Plague in India, 1896, 1897 - Volume 1
Year: 1896
Disease focus: Plague
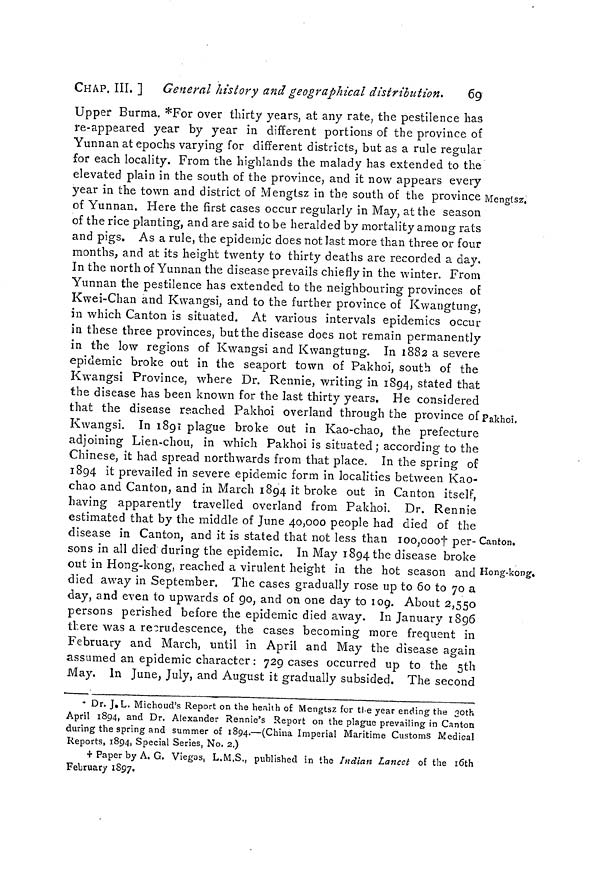
CHAP, III. ] General history and geographical distribution.
69
Mengtsz.
Pakhoi,
Canton.
Hong-kong.
Upper Burma. *For over thirty years, at any rate, the pestilence has
re-appeared year by year in different portions of the province of
Yunnan at epochs varying for different districts, but as a rule regular
for each locality. From the highlands the malady has extended to the
elevated plain in the south of the province, and it now appears every
year in the town and district of Mengtsz in the south of the province \
of Yunnan. Here the first cases occur regularly in May, at the season
of the rice planting, and are said to be heralded by mortality among rats
and pigs. As a rule, the epidemic does not last more than three or four
months, and at its height twenty to thirty deaths are recorded a day.
In the north of Yunnan the disease prevails chiefly in the winter. From
Yunnan the pestilence has extended to the neighbouring provinces of
Kwei-Chan and Kwangsi, and to the further province of Kwangtung,
in which Canton is situated. At various intervals epidemics occur
in these three provinces, but the disease does not remain permanently
in the low regions of Kwangsi and Kwangtung. In 1882 a severe
epidemic broke out in the seaport town of Pakhoi, south of the
Kwangsi Province, where Dr. Rennie, writing in 1894, stated that
the disease has been known for the last thirty years. He considered
that the disease reached Pakhoi overland through the province of
Kwangsi. In 1891 plague broke out in Kao-chao, the prefecture
adjoining Lien-chou, in which Pakhoi is situated ; according to the
Chinese, it had spread northwards from that place. In the spring of
1894 it prevailed in severe epidemic form in localities between Kao-
chao and Canton, and in March 1894 it broke out in Canton itself,
having apparently travelled overland from Pakhoi. Dr. Rennie
estimated that by the middle of June 40,000 people had died of the
disease in Canton, and it is stated that not less than 100,100† per-
sons in all died during the epidemic. In May 1894 the disease broke
out in Hong-kong, reached a virulent height in the hot season and
died away in September. The cases gradually rose up to 60 to 70 a
day, and even to upwards of 90, and on one day to 109. About 2,550
persons perished before the epidemic died away. In January 1896
there was a recrudescence, the cases becoming more frequent in
February and March, until in April and May the disease again
assumed an epidemic character : 729 cases occurred up to the 5th
May. In June, July, and August it gradually subsided. The second
* Dr. J.L. Michoud's Report on the health of Mengtsz for the year ending the both
April 1894, and Dr. Alexander Rennie's Report on the plague prevailing in Canton
during the spring and summer of 1894.—(China Imperial Maritime Customs Medical
Reports, 1894, Special Series, No. 2.)
† Paper by A. G. Viegos, L.M.S., published in the Indian Lancet of the 16th
February 1897.